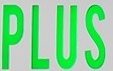
PLUS